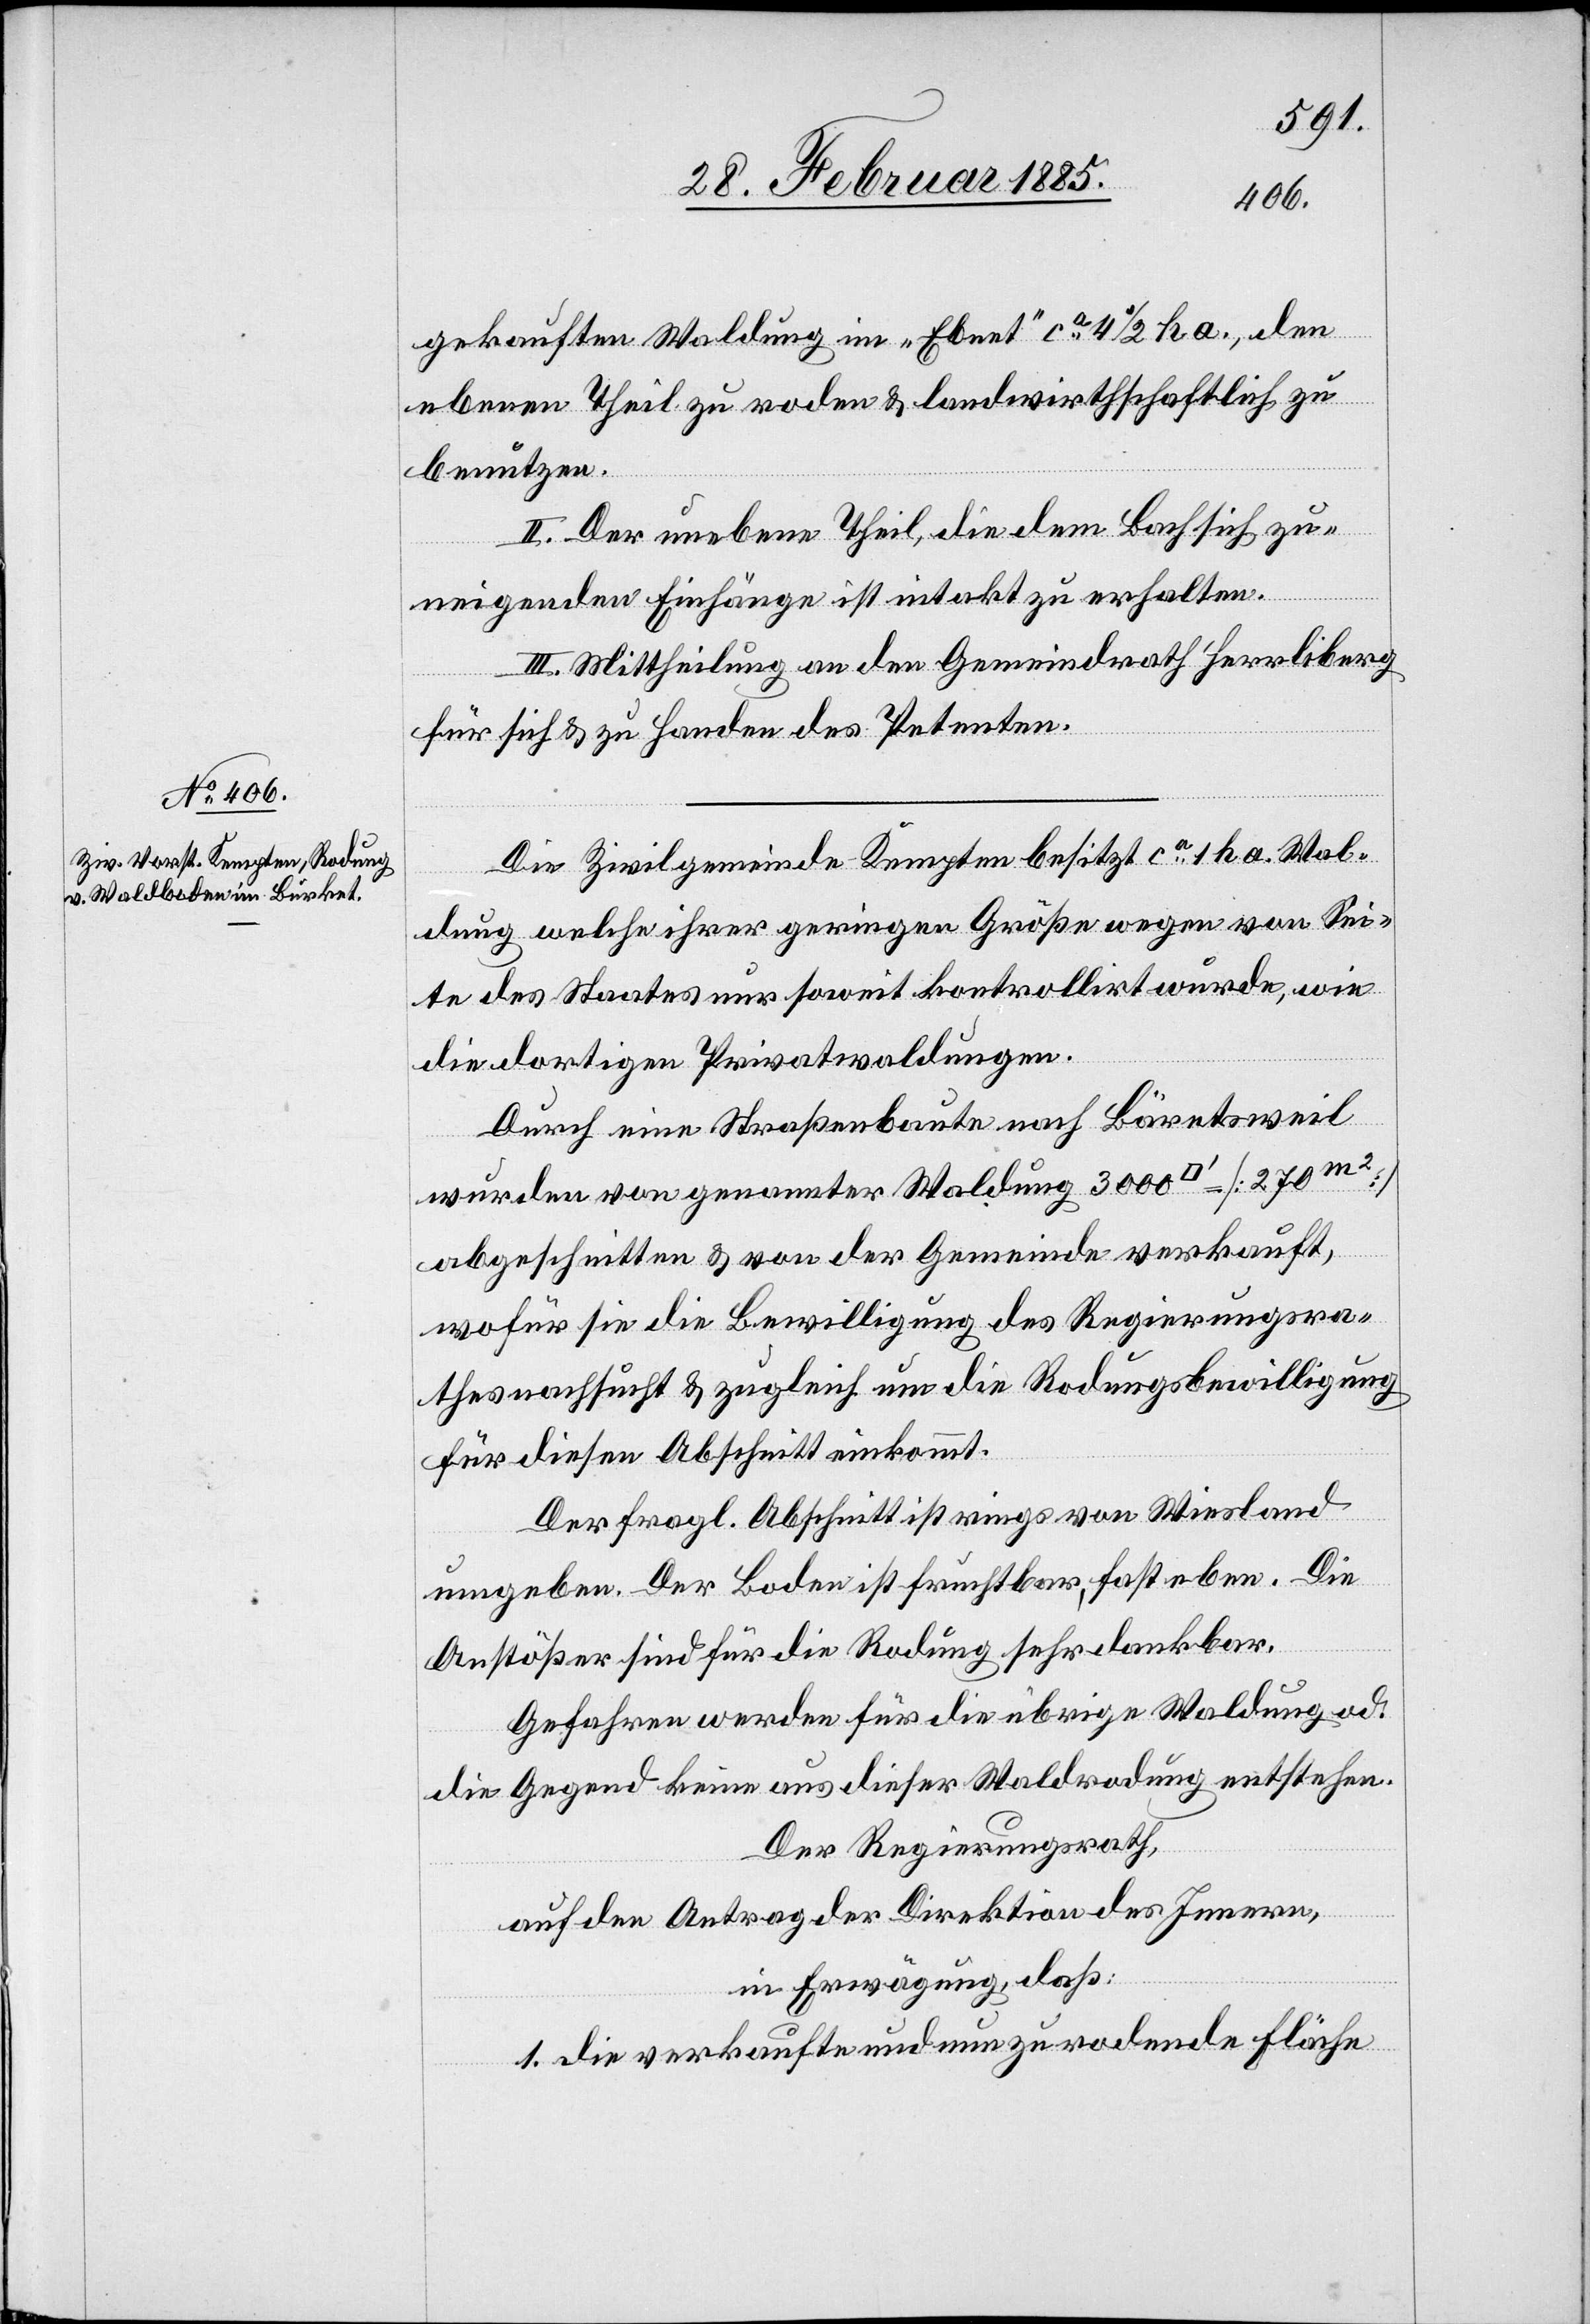
gekauften Waldung im „Ebnat“ ca 4 1/2 ha., den
ebenen Theil zu roden & landwirthschaftlich zu
benutzen.
II. Der unebene Theil, die dem Bach sich zu¬
neigenden Einfänge ist intakt zu erhalten.
III. Mittheilung an den Gemeindrath Herrliberg
für sich & zu Handen des Petenten.
Die Zivilgemeinde Kempten besitzt ca 1 ha Wal¬
fuss]
dung welche ihrer geringen Größe wegen von Sei¬
te des Staates nur soweit kontrollirt wurde, wie
die dortigen Privatwaldungen.
Durch eine Straßenbaute nach Bäretsweil
wurden von genannter Waldung 3000 [Qua¬
abgeschnitten & von der Gemeinde verkauft,
wofür sie die Bewilligung des Regierungsra¬
thes nachsucht & zugleich um die Rodungsbewilligung
für diesen Abschnitt einkommt.
Der fragl. Abschnitt ist rings von Wiesland
umgeben. Der Boden ist fruchtbar, fast eben. Die
Anstößer sind für die Rodung sehr dankbar.
Gefahren werden für die übrige Waldung od.
die Gegend keine aus dieser Waldung entstehen.
Der Regierungsrath,
auf den Antrag der Direktion des Innern,
in Erwägung, daß:
1. Die verkaufte und nun zu rodende Fläche